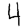
Digit: 4